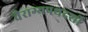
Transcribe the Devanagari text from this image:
वैराग्यपथदर्शी